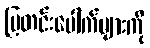
ပြတင်းပေါက်များကို